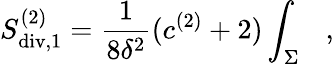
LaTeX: S_{\mathrm{div},1}^{(2)}={\frac{1}{8\delta^{2}}}(c^{(2)}+2)\int_{\Sigma}~~~,